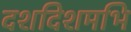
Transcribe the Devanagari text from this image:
दशदिशमभि